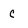
Character: c